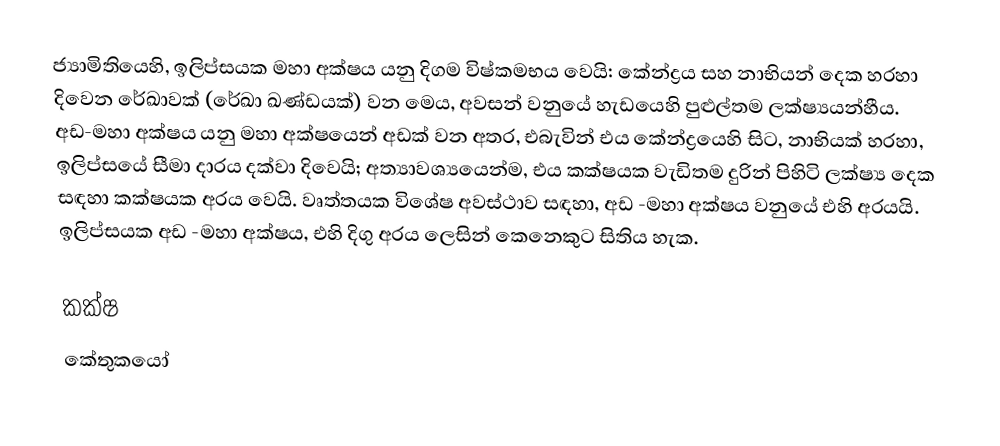
ජ්‍යාමිතියෙහි, ඉලිප්සයක මහා අක්ෂය යනු දිගම විෂ්කමභය වෙයි: කේන්ද්‍රය සහ  නාභියන් දෙක හරහා දිවෙන රේඛාවක් (රේඛා ඛණ්ඩයක්) වන මෙය, අවසන් වනුයේ හැඩයෙහි පුළුල්තම ලක්ෂ්‍යයන්හීය. අඩ-මහා අක්ෂය යනු මහා අක්ෂයෙන් අඩක් වන අතර, එබැවින් එය කේන්ද්‍රයෙහි සිට, නාභියක් හරහා, ඉලිප්සයේ සීමා දාරය දක්වා දිවෙයි; අත්‍යාවශ්‍යයෙන්ම, එය කක්ෂයක වැඩිතම දුරින් පිහිටි ලක්ෂ්‍ය දෙක සඳහා කක්ෂයක අරය වෙයි. වෘත්තයක විශේෂ අවස්ථාව සඳහා, අඩ -මහා අක්ෂය වනුයේ එහි අරයයි. ඉලිප්සයක අඩ -මහා අක්ෂය, එහි දිගු අරය ලෙසින් කෙනෙකුට සිතිය හැක.

කක්ෂ
කේතුකයෝ